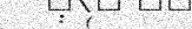
: (